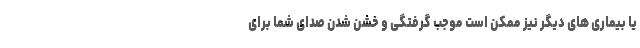
یا بیماری های دیگر نیز ممکن است موجب گرفتگی و خشن شدن صدای شما برای